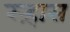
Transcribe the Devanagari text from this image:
रऱ्हास